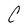
Character: C